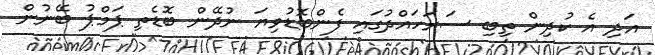
އަދި އެ ކުދިން ތިބި ސަރަހައްދުގައި ފެންބޮޑުވިޔަ ނުދޭން ބޮޑެތި ޕަމްޕު ބޭނުން